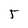
Character: 5